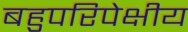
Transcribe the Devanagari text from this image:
बहुपरिपेक्षीय